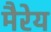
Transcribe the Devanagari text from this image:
मैरेय